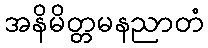
အနိမိတ္တမနညာတံ